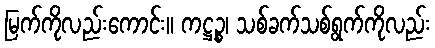
မြက်ကိုလည်းကောင်း။ ကဋ္ဌဉ္စ၊ သစ်ခက်သစ်ရွက်ကိုလည်း